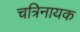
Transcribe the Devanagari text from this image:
चत्रिनायक